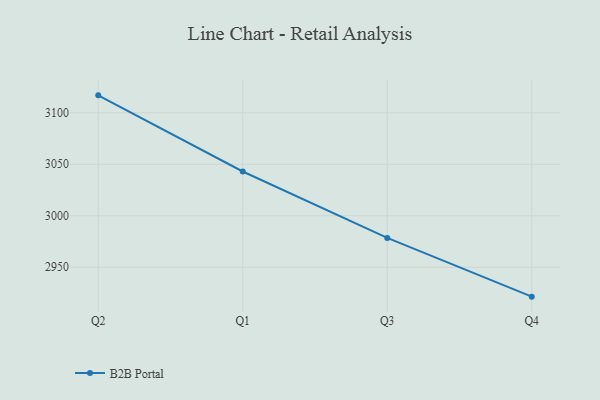
{"axis": {"x": "Quarter", "y": "Churn Rate (%)"}, "legend": ["B2B Portal"], "data": [{"x": "Q2", "y": 3116.9, "type": "B2B Portal"}, {"x": "Q1", "y": 3043.0, "type": "B2B Portal"}, {"x": "Q3", "y": 2978.5, "type": "B2B Portal"}, {"x": "Q4", "y": 2921.5, "type": "B2B Portal"}]}